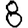
Digit: 8